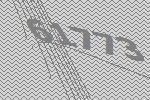
61773